Lunatic asylums Central Provinces reports 1910-1926 - 1910-1926
Year: 1910
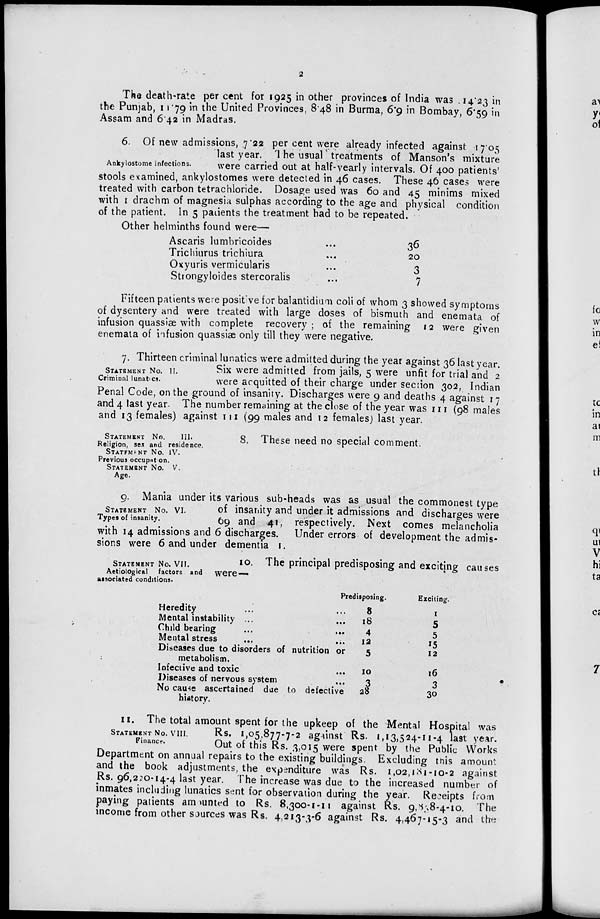
2
The death-rate per cent for 1925 in other provinces of India was 14.23 in
the Punjab, 11.79 in the United Provinces, 8.48 in Burma, 6.9 in Bombay, 6.59 in
Assam and 6.42 in Madras.
Ankylostome infections.
6. Of new admissions, 7.22 per cent were already infected against 17.05
last year. The usual treatments of Manson's mixture
were carried out at half-yearly intervals. Of 400 patients'
stools examined, ankylostomes were detected in 46 cases. These 46 cases were
treated with carbon tetrachloride. Dosage used was 60 and 45 minims mixed
with 1 drachm of magnesia sulphas according to the age and physical condition
of the patient. In 5 patients the treatment had to be repeated.
Other helminths found were—
Ascaris lumbricoides ...
Trichiurus trichiura ...
Oxyuris vermicularis ...
Strongyloides stercoralis ...
36
20
3
7
Fifteen patients were positive for balantidium coli of whom 3 showed symptoms
of dysentery and were treated with large doses of bismuth and enemata of
infusion quassiæ with complete recovery ; of the remaining 12 were given
enemata of infusion quassiæ only till they were negative.
STATEMENT No. II.
Criminal lunatics.
7. Thirteen criminal lunatics were admitted during the year against 36 last year.
Six were admitted from jails, 5 were unfit for trial and 2
were acquitted of their charge under section 302, Indian
Penal Code, on the ground of insanity. Discharges were 9 and deaths 4 against 17
and 4 last year. The number remaining at the close of the year was 111 (98 males
and 13 females) against 111 (99 males and 12 females) last year.
STATEMENT No.
III.
Religion, sex and residence.
STATEMENT No. IV.
Previous occupation.
STATEMENT No. V.
Age.
8. These need no special comment.
STATEMENT No. VI.
Types of insanity.
9. Mania under its various sub-heads was as usual the commonest type
of insanity and under it admissions and discharges were
69 and 41, respectively. Next comes melancholia
with 14 admissions and 6 discharges. Under errors of development the admis-
sions were 6 and under dementia 1.
STATEMENT No. VII.
Aetiological factors and
associated conditions.
10. The principal predisposing and exciting causes
were—
Heredity ... ...
Mental instability ... ...
Child bearing
...
...
Mental stress ... ...
Diseases due to disorders of nutrition or
metabolism.
Infective and toxic ...
Diseases of nervous system ...
No cause ascertained due to defective
history.
Predisposing.
8
18
4
12
5
10
3
28
Exciting.
1
5
5
15
12
16
3
30
STATEMENT No. VIII.
Finance.
11. The total amount spent for the upkeep of the Mental Hospital was
Rs. 1,05877-7-2 against Rs. 1,13,524-11-4 last year.
Out of this Rs. 3,015 were spent by the Public Works
Department on annual repairs to the existing buildings. Excluding this amount
and the book adjustments, the expenditure was Rs. 1,02,181-10-2 against
Rs. 96,220-14-4 last year. The increase was due to the increased number of
inmates including lunatics sent for observation during the year. Receipts from
paying patients amounted to Rs. 8,300-1-11 against Rs. 9,838-4-10. The
income from other sources was Rs. 4,213-3-6 against Rs. 4,467-15-3 and the